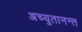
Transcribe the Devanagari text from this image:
अच्युतानन्त